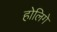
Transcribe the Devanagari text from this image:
होलिगे